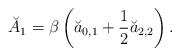
\begin{align*}\breve{A}_1=\beta \left(\breve{a}_{0,1}+\frac 12 \breve{a}_{2,2}\right).\end{align*}